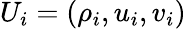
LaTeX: U_{i}=(\rho_{i},u_{i},v_{i})